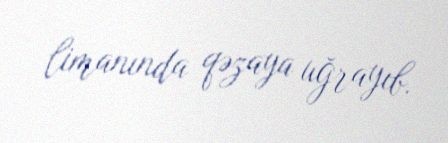
limanında qəzaya uğrayıb.